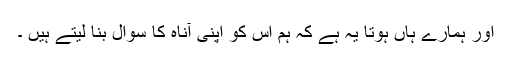
اور ہمارے ہاں ہوتا یہ ہے کہ ہم اس کو اپنی آناہ کا سوال بنا لیتے ہیں ۔